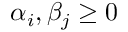
\alpha _ { i } , \beta _ { j } \geq 0